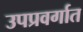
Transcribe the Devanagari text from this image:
उपप्रवर्गात